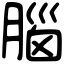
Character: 腦